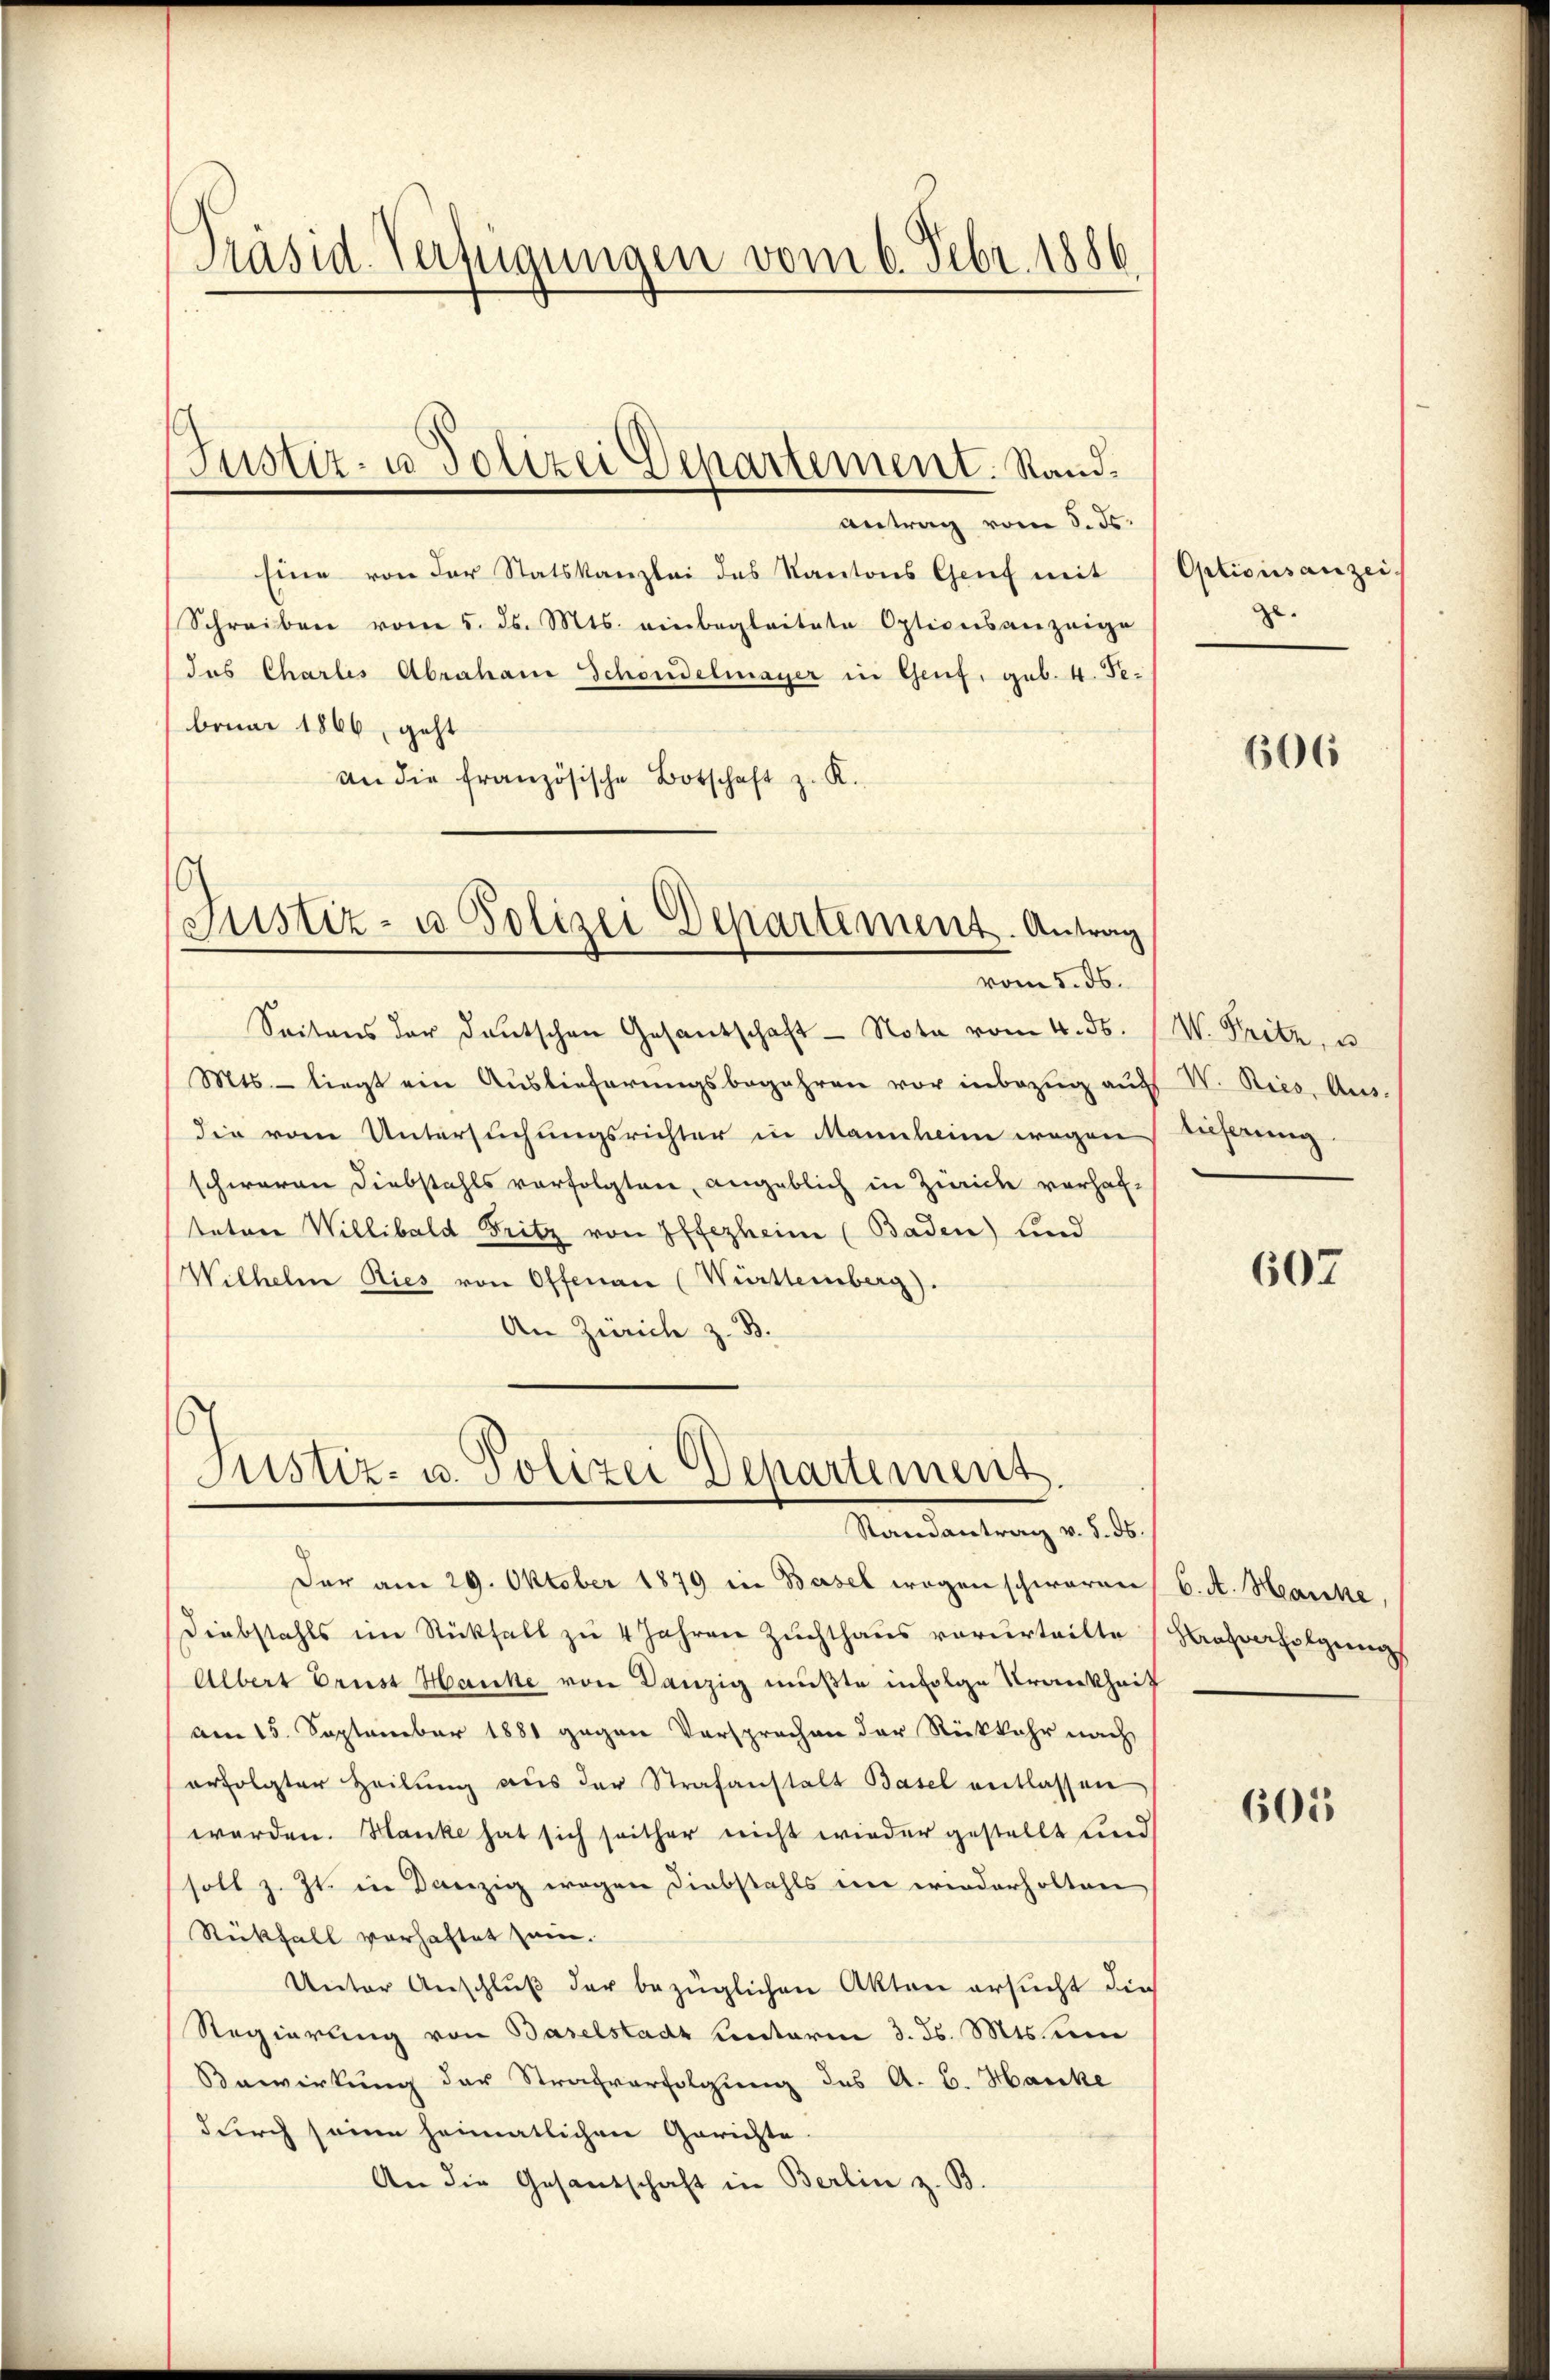
Präsid. Verfügungen vom 6. Febr. 1886

Eine von der Statskanzlei des Kantons Genf mit Optionsanzei
Schreiben vom 5. ds. Mts. einbegleitete Optionsanzeige
(das Chartes Abrahane Schondelmayer in Genf, geb. 4. Debruar 1866, geht
an die französische Botschaft z. K.

(Justiz- u Polizei Departement. Stand¬
Antrag vom 8. ds.

Seitens der deutschen Gesandschaft - Nota vom 4. ds. (W. Pritz, u
Mts. liegt ein Auslieferŭngsbegehren vor inbezŭg aŭf W. Ries, Aus-
die vom Untersuchungsrichter in Mannheim wegen
schweren Diebstahls verfolgten, angeblich in Zürich vorhaftatore Willibald Fritz von Effezheim (Baden) und
Wilhelm Ries von Offenan (Württemberg).
An Zürich z. B.

Justiz- u. Polizei Departement. Antrag
vom 5. ds.

Justiz- u. Polizei Departement.
Randantrag v. 5. ds.

Der am 29. Oktober 1879 in Basel wegen schweren 6. A. Hanke
Diebstahls im Rückfall zu 4 Jahren Zuchthaus verurteilte Hausverfolgung

Albert Ernst Hancke von Danzig mußte infolge Krankheit
am 15. September 1881 gegen Versprochen der Rückkehr nach
erfolgter Heilung aus der Strafanstalt Basel entlassen
werden. Hanke hat sich seither nicht wieder gestellt und
soll z. Zt. in Danzig wegen Diebstahls ein wiederholten
Rückfall verhaftet sein.
Unter Anschluß der bezüglichen Akten ersucht die
Regierung von Baselstadt unterm 3. ds. Mtssin
Bewirkung der Strafverfolgung des A. B. Hancke
durch seine heimatlichen Gerichte
An die Gesandschaft in Berlin z. B.

.

606

lieferung.

607

605